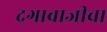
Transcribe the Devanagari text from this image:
दगाबाजीचा